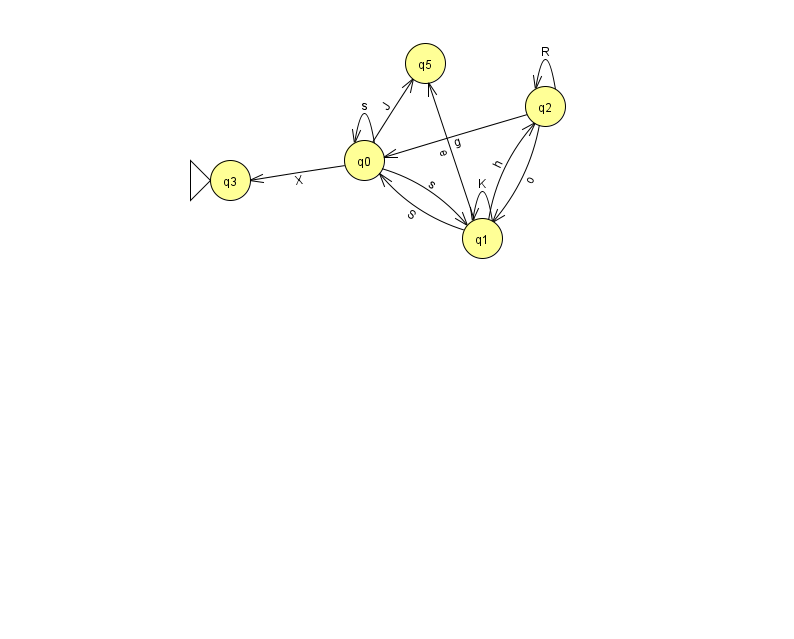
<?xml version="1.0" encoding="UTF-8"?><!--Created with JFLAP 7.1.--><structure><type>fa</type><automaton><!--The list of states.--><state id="0" name="q0"><x>364.0</x><y>147.0</y></state><state id="1" name="q1"><x>482.0</x><y>225.0</y></state><state id="2" name="q2"><x>545.0</x><y>93.0</y></state><state id="3" name="q3"><x>230.0</x><y>167.0</y><initial/></state><state id="5" name="q5"><x>425.0</x><y>50.0</y></state><!--The list of transitions.--><transition><from>0</from><to>1</to><read>s</read></transition><transition><from>1</from><to>0</to><read>S</read></transition><transition><from>0</from><to>3</to><read>X</read></transition><transition><from>0</from><to>5</to><read>J</read></transition><transition><from>1</from><to>2</to><read>h</read></transition><transition><from>2</from><to>2</to><read>R</read></transition><transition><from>0</from><to>0</to><read>s</read></transition><transition><from>2</from><to>1</to><read>o</read></transition><transition><from>1</from><to>1</to><read>K</read></transition><transition><from>1</from><to>5</to><read>e</read></transition><transition><from>2</from><to>0</to><read>g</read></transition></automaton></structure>